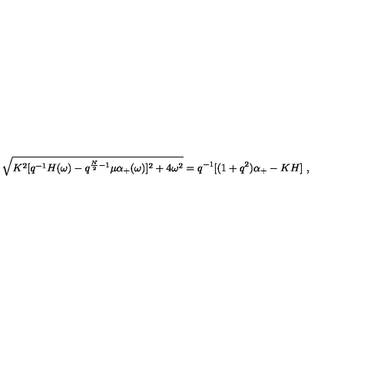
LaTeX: \sqrt { K ^ { 2 } [ q ^ { - 1 } H ( \omega ) - q ^ { { \frac { N } { 2 } } - 1 } \mu \alpha _ { + } ( \omega ) ] ^ { 2 } + 4 \omega ^ { 2 } } = q ^ { - 1 } [ ( 1 + q ^ { 2 } ) \alpha _ { + } - K H ] \ ,